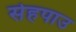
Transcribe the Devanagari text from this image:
सेहपाउ